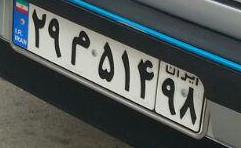
۲۹م۵۱۴۹۸